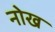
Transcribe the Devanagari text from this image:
नोख